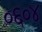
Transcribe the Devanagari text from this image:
०६०४